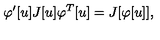
\varphi ^ { \prime } [ u ] J [ u ] \varphi ^ { T } [ u ] = J [ \varphi [ u ] ] ,